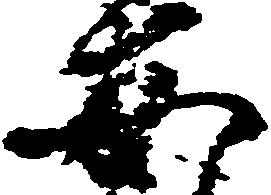
安